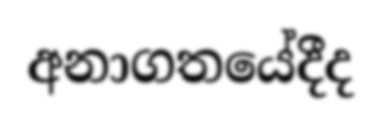
අනාගතයේදීද